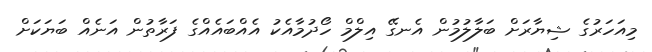
މިއަހަރުގެ ޝިޔާރަށް ބަލާލުމުން އެނގޭ އިލްމް ހޯދުމާއެކު އެއްބައެއްގެ ފަރާތުން އަނެއް ބަޔަކަށް